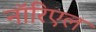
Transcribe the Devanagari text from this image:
नॉरिएल